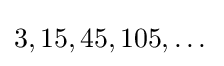
3,15,45,105,\dots